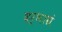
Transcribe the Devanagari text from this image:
दर्भाग्रं